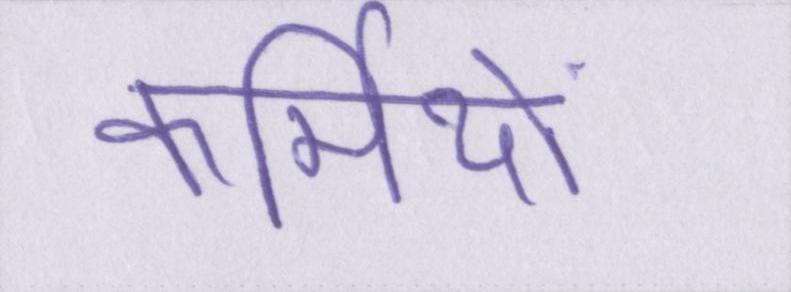
कर्मियों